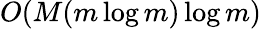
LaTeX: O(M(m\log m)\log m)